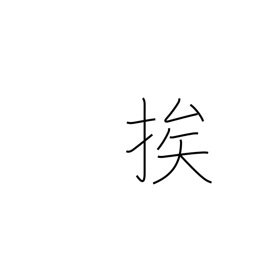
Meaning: draw near